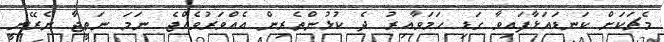
މެޗަކަށް ކަނޑައަޅާފައިވާ ގަޑި ހަމަވާއިރު ދެ ކުޅުންތެރިން އެއްވަރުވެއްޖެ ނަމަ ނަތީޖާ ނެރޭނީ